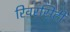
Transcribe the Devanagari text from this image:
रिवरसिटी